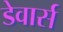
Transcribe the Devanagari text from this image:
डेवार्स